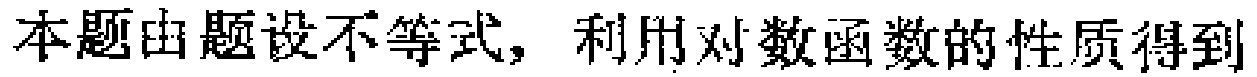
本题由题设不等式，利用对数函数的性质得到